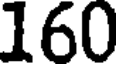
160